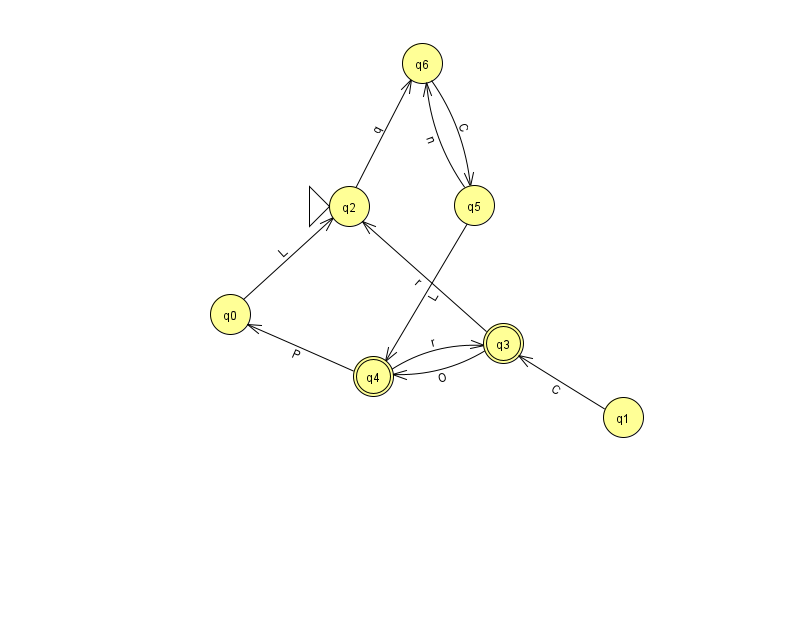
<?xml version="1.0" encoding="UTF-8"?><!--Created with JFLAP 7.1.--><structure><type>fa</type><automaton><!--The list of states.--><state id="0" name="q0"><x>230.0</x><y>301.0</y></state><state id="1" name="q1"><x>623.0</x><y>404.0</y></state><state id="2" name="q2"><x>349.0</x><y>193.0</y><initial/></state><state id="3" name="q3"><x>503.0</x><y>330.0</y><final/></state><state id="4" name="q4"><x>373.0</x><y>363.0</y><final/></state><state id="5" name="q5"><x>474.0</x><y>192.0</y></state><state id="6" name="q6"><x>422.0</x><y>50.0</y></state><!--The list of transitions.--><transition><from>3</from><to>4</to><read>O</read></transition><transition><from>2</from><to>6</to><read>q</read></transition><transition><from>3</from><to>2</to><read>r</read></transition><transition><from>5</from><to>6</to><read>n</read></transition><transition><from>4</from><to>0</to><read>P</read></transition><transition><from>0</from><to>2</to><read>L</read></transition><transition><from>1</from><to>3</to><read>C</read></transition><transition><from>5</from><to>4</to><read>L</read></transition><transition><from>6</from><to>5</to><read>C</read></transition><transition><from>4</from><to>3</to><read>r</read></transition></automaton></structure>